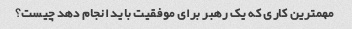
مهمترین کاری که یک رهبر برای موفقیت باید انجام دهد چیست؟